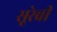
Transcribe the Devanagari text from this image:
सूरेची